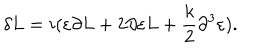
LaTeX: \delta L = i ( \varepsilon \partial L + 2 \partial \varepsilon L + { \frac { k } { 2 } } \partial ^ { 3 } \varepsilon ) .